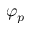
\varphi _ { p }